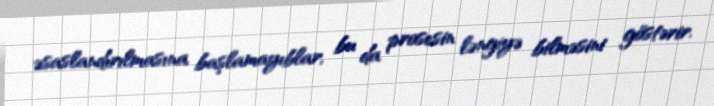
əsaslandırılmasına başlamayıblar, bu da prosesin ləngiyə bilməsini göstərir.